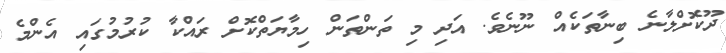
ދޫކޮށްލާނެ ބިނާތަކެއް ނޫނެވެ. އަދި މި ތަންތަން ހިމާޔަތްކޮށް ރައްކާ ކުރުމުގައި އެންމެ